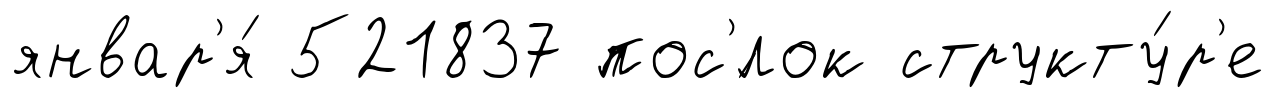
январ'я́ 521837 пос'́лок структу́р'е